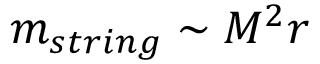
m _ { s t r i n g } \sim M ^ { 2 } r